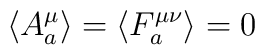
\left\langle A_a^\mu \right\rangle =\left\langle F_a^{\mu \nu}\right\rangle =0